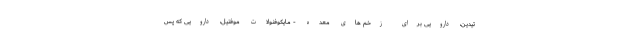
تیدین، دارویی برای زخم های معده - مایکوفنولات موفتیل، دارویی که پس